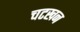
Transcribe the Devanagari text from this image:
चटखन